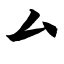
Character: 厶